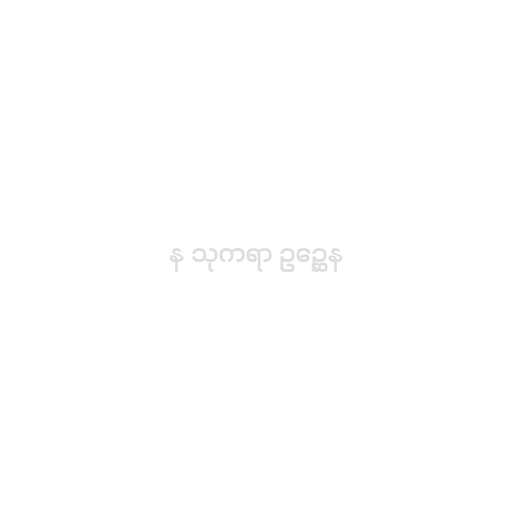
န သုကရာ ဥဉ္ဆေန